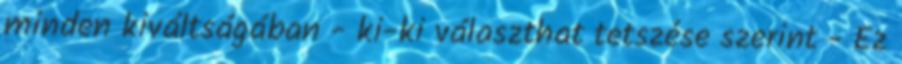
minden kiváltságában - ki-ki választhat tetszése szerint - Ez